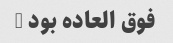
فوق العاده بود …